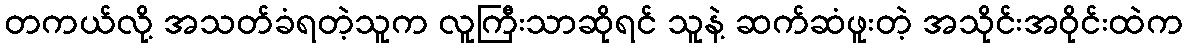
တကယ်လို့ အသတ်ခံရတဲ့သူက လူကြီးသာဆိုရင် သူနဲ့ ဆက်ဆံဖူးတဲ့ အသိုင်းအဝိုင်းထဲက